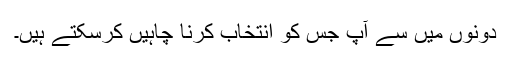
دونوں میں سے آپ جس کو انتخاب کرنا چاہیں کرسکتے ہیں۔